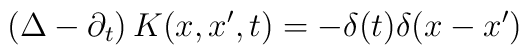
\left(\Delta-\partial_t\right)K(x,x',t)=-\delta(t)\delta(x-x')